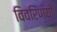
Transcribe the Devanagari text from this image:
विवरिणयों